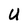
Character: U